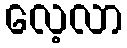
လေ့လာ